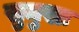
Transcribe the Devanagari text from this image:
सुमुखः